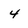
Character: 4